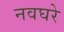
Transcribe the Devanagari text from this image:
नवघरे